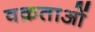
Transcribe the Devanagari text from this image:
वक्रताओं